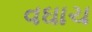
વઘાચ